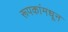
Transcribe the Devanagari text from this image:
रूपकांमधून